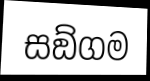
සඞ්ගම